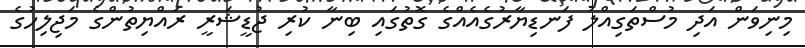
މިނިވަން އަދި މުސްތަގިއްލު ފަނޑިޔާރުގެއެއްގެ ގޮތުގައި ބިނާ ކުރި ޖުޑީޝަރީ ރައްޔިތުންގެ މަޖިލިހުގެ